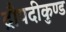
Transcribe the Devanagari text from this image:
द्रौपदीकुण्ड